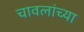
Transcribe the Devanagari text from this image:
चावलांच्या